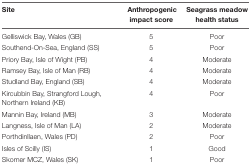
| Site | Anthropogenic impact score | Seagrass meadow health status |
 | --- | --- | --- |
 | Gelliswick Bay, Wales (GB) | 5 | Poor |
 | Southend-On-Sea, England (SS) | 5 | Poor |
 | Priory Bay, Isle of Wight (PB) | 4 | Moderate |
 | Ramsey Bay, Isle of Man (RB) | 4 | Moderate |
 | Studland Bay, England (SB) | 4 | Moderate |
 | Kircubbin Bay, Strangford Lough, Northern Ireland (KB) | 4 | Poor |
 | Mannin Bay, Ireland (MB) | 3 | Moderate |
 | Langness, Isle of Man (LA) | 2 | Moderate |
 | Porthdinllaen, Wales (PD) | 2 | Poor |
 | Isles of Scilly (IS) | 1 | Good |
 | Skomer MCZ, Wales (SK) | 1 | Poor |